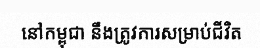
នៅកម្ពុជា នឹងត្រូវការសម្រាប់ជីវិត